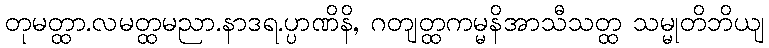
တုမတ္ထာ.လမတ္ထမညာ.နာဒရ.ပ္ပာဏိနိ, ဂတျတ္ထကမ္မနိအာသီသတ္ထ သမ္မုတိဘိယျ